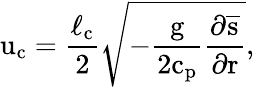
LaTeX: \mathrm{u_{c}=\frac{\ell_{c}}{2}\sqrt{-\frac{g}{2c_{p}}\frac{\partial\overline{{s}}}{\partial r}},}